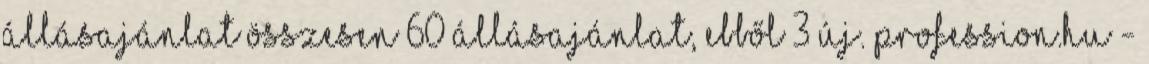
állásajánlat Összesen 60 állásajánlat, ebből 3 új. profession.hu -